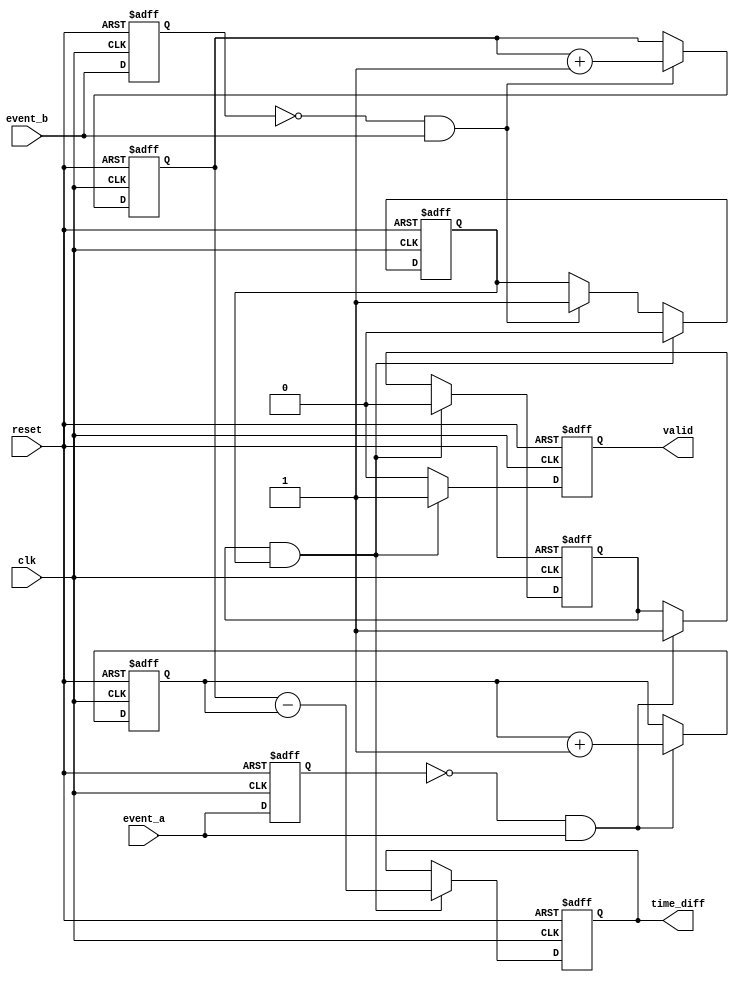
module TDC (
    input wire clk,              // High-frequency clock
    input wire reset,            // Reset signal
    input wire event_a,          // Event A signal
    input wire event_b,          // Event B signal
    output reg [31:0] time_diff, // Output time difference
    output reg valid             // Output valid signal
);

    reg [31:0] timestamp_a;      // Timestamp for Event A
    reg [31:0] timestamp_b;      // Timestamp for Event B
    reg event_a_detected;        // Flag for Event A detection
    reg event_b_detected;        // Flag for Event B detection

    // Rising edge detection for Event A and Event B
    reg event_a_prev;
    reg event_b_prev;

    always @(posedge clk or posedge reset) begin
        if (reset) begin
            event_a_detected <= 0;
            event_b_detected <= 0;
            timestamp_a <= 0;
            timestamp_b <= 0;
            time_diff <= 0;
            valid <= 0;
            event_a_prev <= 0;
            event_b_prev <= 0;
        end else begin
            // Detect rising edge for Event A
            if (!event_a_prev && event_a) begin
                timestamp_a <= timestamp_a + 1; // Store current clock count
                event_a_detected <= 1;
            end
            
            // Detect rising edge for Event B
            if (!event_b_prev && event_b) begin
                timestamp_b <= timestamp_b + 1; // Store current clock count
                event_b_detected <= 1;
            end
            
            // Update previous states
            event_a_prev <= event_a;
            event_b_prev <= event_b;

            // Calculate time difference when both events are detected
            if (event_a_detected && event_b_detected) begin
                time_diff <= timestamp_b - timestamp_a; // Calculate time difference
                valid <= 1; // Indicate valid output
                // Reset flags for next measurement
                event_a_detected <= 0;
                event_b_detected <= 0;
            end else begin
                valid <= 0; // Clear valid if not both events detected
            end
        end
    end

endmodule